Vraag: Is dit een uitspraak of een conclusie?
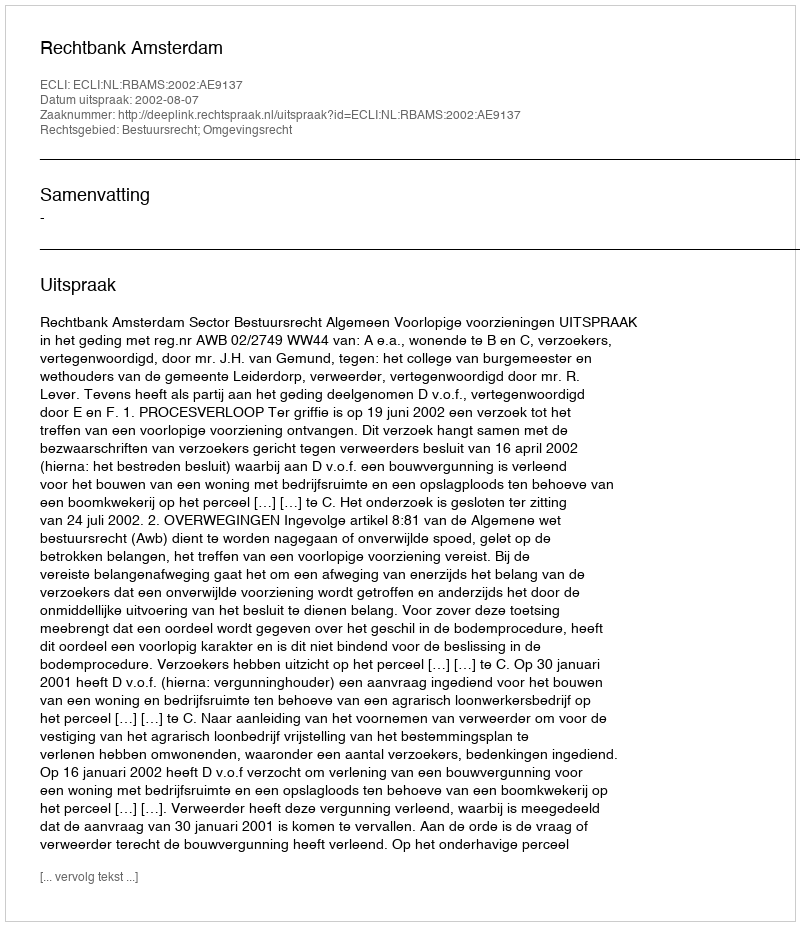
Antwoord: Uitspraak